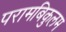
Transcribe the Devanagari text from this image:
परामबिकुलम